Calcutta medical institutions reports 1871-78
Year: 1871
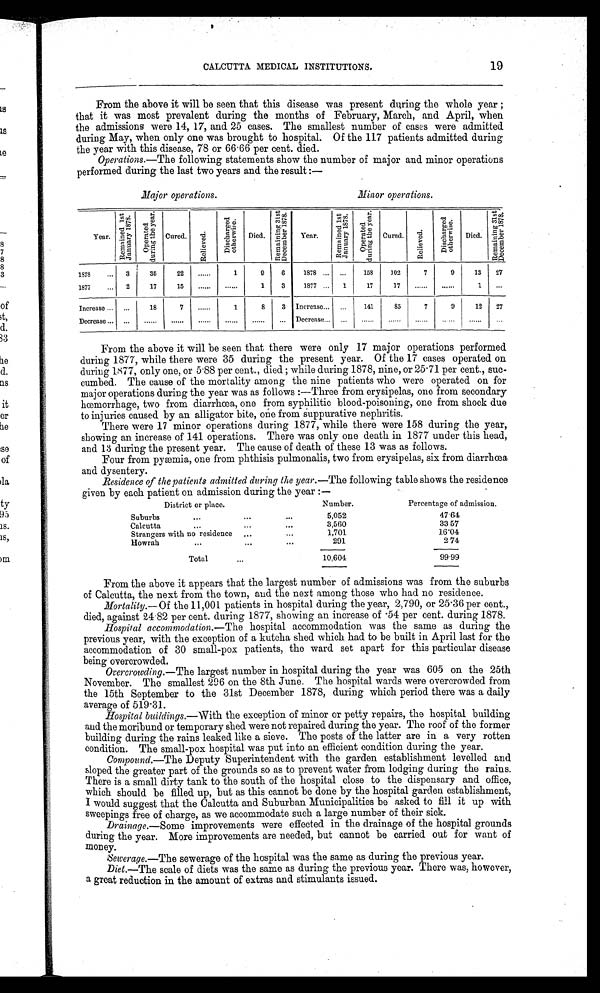
CALCUTTA MEDICAL INSTITUTIONS.
19
From the above it will be seen that this disease was present during the whole year;
that it was most prevalent during the months of February, March, and April, when
the admissions were 14, 17, and 25 cases. The smallest number of cases were admitted
during May, when only one was brought to hospital. Of the 117 patients admitted during
the year with this disease, 78 or 66.66 per cent. died.
Operations .—The following statements show the number of major and minor operations
performed during the last two years and the result:—
Major operations.
Minor operations.
Year.
R e m a i n e d 1 s t J a n u a r y 1 8 7 8 .
O p e r a t e d d u r i n g t h e y e a r .
Cured.
R e l i e v e d .
Di s c h a r g e d o t h e r wi s e .
Died.
R e m a i n i n b 3 1 s t D e c e m b e r 1 8 7 8 .
Year.
Ewmai ned 1st January 1878.
O p e r a t e d d u r i n g t h e y e a r .
Cured.
R e l i e v e d .
Di s c h a r g e d o t h e r wi s e .
Died.
R e m a i n i n g 3 1 s t D e c e m b e r 1 8 7 8 .
1878
3
35
22
......
1
9
6
1878
. . .
158
102
7
9
13
27
1877
2
17
15
............
1
3
1877
1
17
17 ...... ......
1
...
Increase
...
18
7
......
1
8
3 Increase
...
141
85
7
9
12
27
Decrease ... ...... ...... ...... ...... ...... ... Decrease ... ...... ...... ...... ...... ......
. . .
From the above it will be seen that there were only 17 major operations performed
during 1877, while there were 35 during the present year. Of the 17 cases operated on
during 1877, only one, or 5.88 per cent., died; while during 1878, nine, or 25.71 per cent., suc
- c u m b e d . T h e c a u s e o f t h e m o r t a l i t y a m o n g t h e n i n e p a t i e n t s w h o w e r e o p e r a t e d o n f o r
major operations during the year was as follows:—Three from erysipelas, one from secondary
hœmorrhage, two from diarrhœa, one from syphilitic blood-poisoning, one from shock due
to injuries caused by an alligator bite, one from suppurative nephritis.
There were 17 minor operations during 1877, while there were 158 during the year,
showing an increase of 141 operations. There was only one death in 1877 under this head,
and 13 during the present year. The cause of death of these 13 was as follows.
Four from pyæmia, one from phthisis pulmonalis, two from erysipelas, six from diarrhœa
and dysentery.
Residence of the patients admitted during the year .—The following table shows the residence
given by each patient on admission during the year:—
District or place.
Number.
Percentage of admission.
...
Suburbs
5,052
4 7 . 6 4
Calcutta
3,560
33.57
Strangers with no residence
1,701
16.04
Howrah
291
274
Total
10,604
99.99
From the above it appears that the largest number of admissions was from the suburbs
of Calcutta, the next from the town, and the next among those who had no residence.
Mortality.—Of the 11,001 patients in hospital during the year, 2,790, or 25.36 per cent.,
di ed, agai nst 24. 82 per cent . dur i ng 1877, showi ng an i ncr ease of• 5 4 p e r c e n t . d u r i n g 1 8 7 8 .
Hospital accommodation .—The hospital accommodation was the same as during the
previous year, with the exception of a kutcha shed which had to be built in April last for the
accommodation of 30 small-pox patients, the ward set apart for this particular disease
being overcrowded.
Overcrowding .—The largest number in hospital during the year was 605 on the 25th
November. The smallest 296 on the 8th June. The hospital wards were overcrowded from
the 15th September to the 31st December 1878, during which period there was a daily
average of 519.31.
Hospital buildings .—With the exception of minor or petty repairs, the hospital building
and the moribund or temporary shed were not repaired during the year. The roof of the former
building during the rains leaked like a sieve. The posts of the latter are in a very rotten
condition. The small-pox hospital was put into an efficient condition during the year.
Compound.—The Deputy Superintendent with the garden establishment levelled and
sloped the greater part of the grounds so as to prevent water from lodging during the rains.
There is a small dirty tank to the south of the hospital close to the dispensary and office,
which should be filled up, but as this cannot be done by the hospital garden establishment,
I would suggest that the Calcutta and Suburban Municipalities be asked to fill it up with
sweepings free of charge, as we accommodate such a large number of their sick.
Drainage .—Some improvements were effected in the drainage of the hospital grounds
during the year. More improvements are needed, but cannot be carried out for want of
money.
Sewerage .—The sewerage of the hospital was the same as during the previous year.
Diet.—The scale of diets was the same as during the previous year. There was, however,
a great reduction in the amount of extras and stimulants issued.